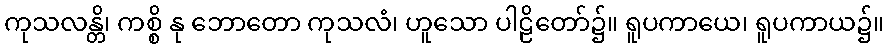
ကုသလန္တိ၊ ကစ္စိ နု ဘောတော ကုသလံ၊ ဟူသော ပါဠိတော်၌။ ရူပကာယေ၊ ရူပကာယ၌။